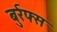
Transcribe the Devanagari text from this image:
बुर्रफ्स